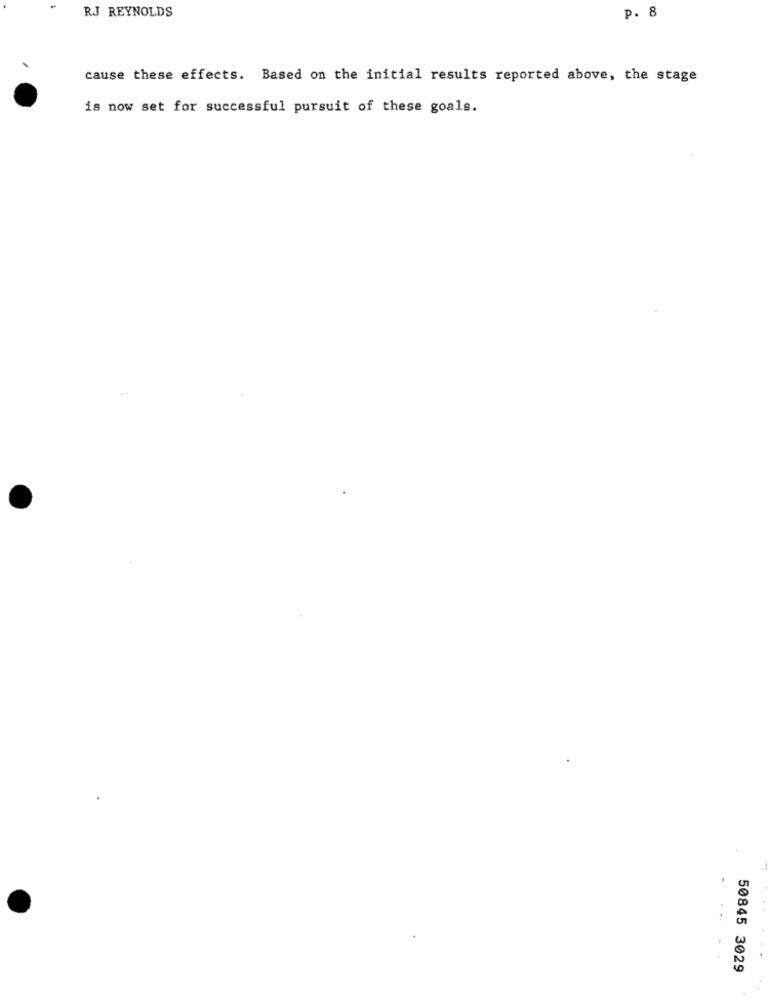
RJ REYNOLDS
p. 8
cause these effects. Based on the initial results reported above, the stage
is now set for successful pursuit of these goals.
50845 3029